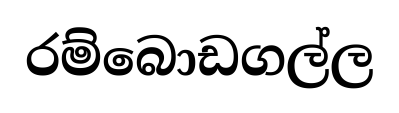
රම්බොඩගල්ල